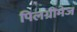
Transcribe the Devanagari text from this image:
पिलग्रीमेज